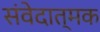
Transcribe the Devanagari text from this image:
संवेदात्मक